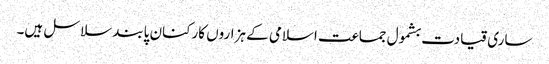
ساری قیادت بشمول جماعت اسلامی کے ہزاروں کارکنان پابند سلاسل ہیں۔